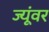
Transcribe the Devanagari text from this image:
ज्यूंवर